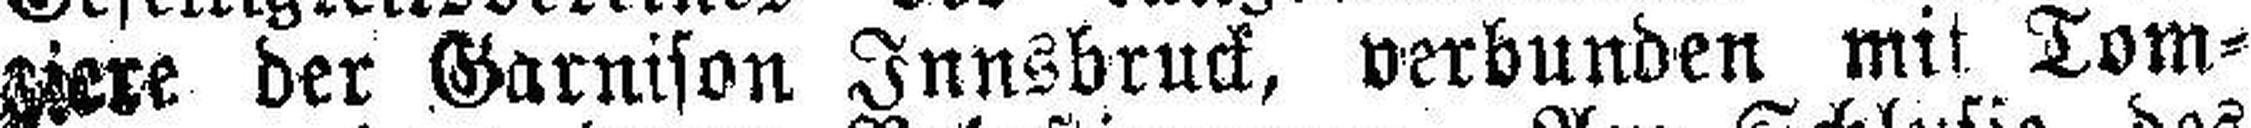
ziere der Garnison Innsbruck, verbunden mit Tom¬